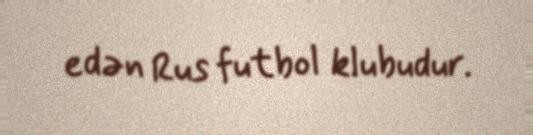
edən Rus futbol klubudur.